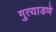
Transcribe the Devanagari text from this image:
गुत्याडणे